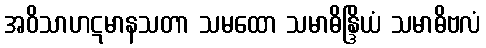
အဝိသာဟဋမာနသတာ သမထော သမာဓိန္ဒြိယံ သမာဓိဗလံ